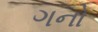
ગનો